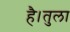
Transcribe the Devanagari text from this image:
है।तुला